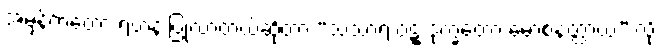
အမှန်ကတော့ ရဟန်းပြုလာတယ်ဆိုတာ “သံသာရ ဝဋ္ဋ ဒုက္ခတော မောစနတ္ထာယ” လို့